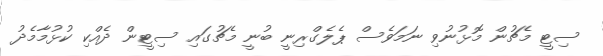
ސިޓީ މެޗުން މޮޅުނުވި ނަމަވެސް ޕެލެގްރިނީ ބުނީ މެޗުގައި ސިޓީން ދެއްކި ކުޅުމާމެދު